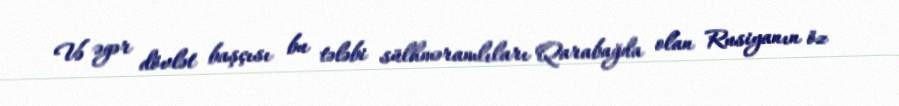
Və əgər dövlət başçısı bu tələbi sülhməramlıları Qarabağda olan Rusiyanın öz